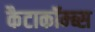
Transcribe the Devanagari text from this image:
कैटाकॉम्ब्स